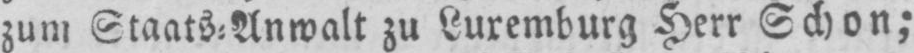
zum Staats⸗Anwalt zu Luxemburg Herr Schon;